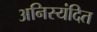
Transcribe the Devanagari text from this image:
अनिस्यंदित